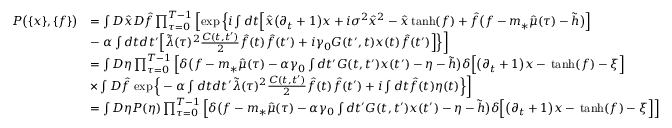
\begin{array} { r l } { P \big ( \{ x \} , \{ f \} \big ) } & { = \int D \hat { x } D \hat { f } \prod _ { \tau = 0 } ^ { T - 1 } \left[ \exp \Big \{ i \int d t \Big [ \hat { x } \big ( \partial _ { t } + 1 \big ) x + i \sigma ^ { 2 } \hat { x } ^ { 2 } - \hat { x } \, \mathrm { t a n h } ( f ) + \hat { f } \big ( f - m _ { * } \hat { \mu } ( \tau ) - \tilde { h } \big ) \Big ] \right. } \\ & { - \left. \alpha \int d t d t ^ { \prime } \Big [ \tilde { \lambda } ( \tau ) ^ { 2 } \frac { C ( t , t ^ { \prime } ) } { 2 } \hat { f } ( t ) \hat { f } ( t ^ { \prime } ) + i \gamma _ { 0 } G ( t ^ { \prime } , t ) x ( t ) \hat { f } ( t ^ { \prime } ) \Big ] \Big \} \right] } \\ & { = \int D \eta \prod _ { \tau = 0 } ^ { T - 1 } \left[ \delta \big ( f - m _ { * } \hat { \mu } ( \tau ) - \alpha \gamma _ { 0 } \int d t ^ { \prime } G ( t , t ^ { \prime } ) x ( t ^ { \prime } ) - \eta - \tilde { h } \big ) \delta \Big [ \big ( \partial _ { t } + 1 \big ) x - \, \mathrm { t a n h } ( f ) - \xi \Big ] \right. } \\ & { \times \int D \hat { f } \left. \exp \Big \{ - \alpha \int d t d t ^ { \prime } \tilde { \lambda } ( \tau ) ^ { 2 } \frac { C ( t , t ^ { \prime } ) } { 2 } \hat { f } ( t ) \hat { f } ( t ^ { \prime } ) + i \int d t \hat { f } ( t ) \eta ( t ) \Big \} \right] } \\ & { = \int D \eta P ( \eta ) \prod _ { \tau = 0 } ^ { T - 1 } \left[ \delta \big ( f - m _ { * } \hat { \mu } ( \tau ) - \alpha \gamma _ { 0 } \int d t ^ { \prime } G ( t , t ^ { \prime } ) x ( t ^ { \prime } ) - \eta - \tilde { h } \big ) \delta \Big [ \big ( \partial _ { t } + 1 \big ) x - \, \mathrm { t a n h } ( f ) - \xi \Big ] \right] } \end{array}